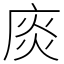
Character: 𢉘